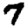
Digit: 7